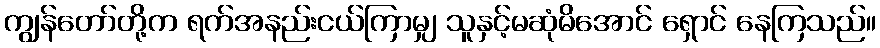
ကျွန်တော်တို့က ရက်အနည်းငယ်ကြာမျှ သူနှင့်မဆုံမိအောင် ရှောင် နေကြသည်။